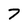
Character: 7